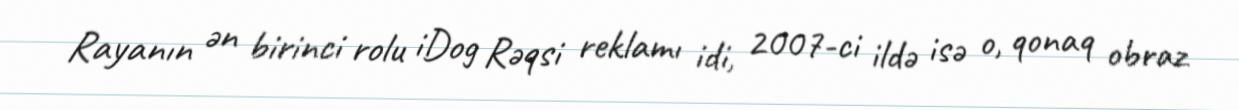
Rayanın ən birinci rolu iDog Rəqsi reklamı idi, 2007-ci ildə isə o, qonaq obraz